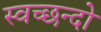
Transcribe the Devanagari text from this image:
स्वच्छन्दो